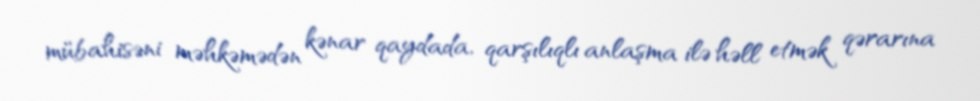
mübahisəni məhkəmədən kənar qaydada, qarşılıqlı anlaşma ilə həll etmək qərarına